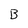
Character: B